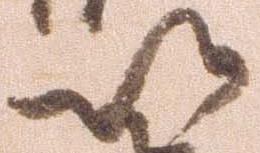
以